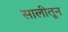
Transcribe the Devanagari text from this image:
सालीतून